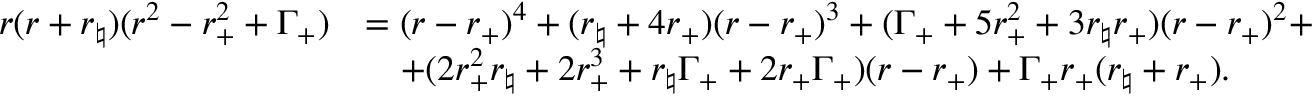
\begin{array} { r l } { r ( r + r _ { \natural } ) ( r ^ { 2 } - r _ { + } ^ { 2 } + \Gamma _ { + } ) } & { = ( r - r _ { + } ) ^ { 4 } + ( r _ { \natural } + 4 r _ { + } ) ( r - r _ { + } ) ^ { 3 } + ( \Gamma _ { + } + 5 r _ { + } ^ { 2 } + 3 r _ { \natural } r _ { + } ) ( r - r _ { + } ) ^ { 2 } + } \\ & { \quad + ( 2 r _ { + } ^ { 2 } r _ { \natural } + 2 r _ { + } ^ { 3 } + r _ { \natural } \Gamma _ { + } + 2 r _ { + } \Gamma _ { + } ) ( r - r _ { + } ) + \Gamma _ { + } r _ { + } ( r _ { \natural } + r _ { + } ) . } \end{array}